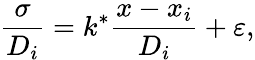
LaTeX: \frac{\sigma}{D_{i}}=k^{*}\frac{x-x_{i}}{D_{i}}+\varepsilon,